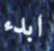
ابدء